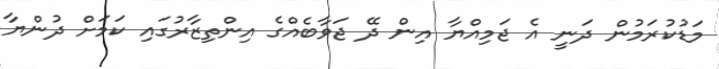
މަޑުކުރަމުން ދަނީ އެ ޖަމިއްޔާ އިން ދޭ ޖަވާބެއްގެ އިންތިޒާރުގައި ކަމަށް ދުންޔާ